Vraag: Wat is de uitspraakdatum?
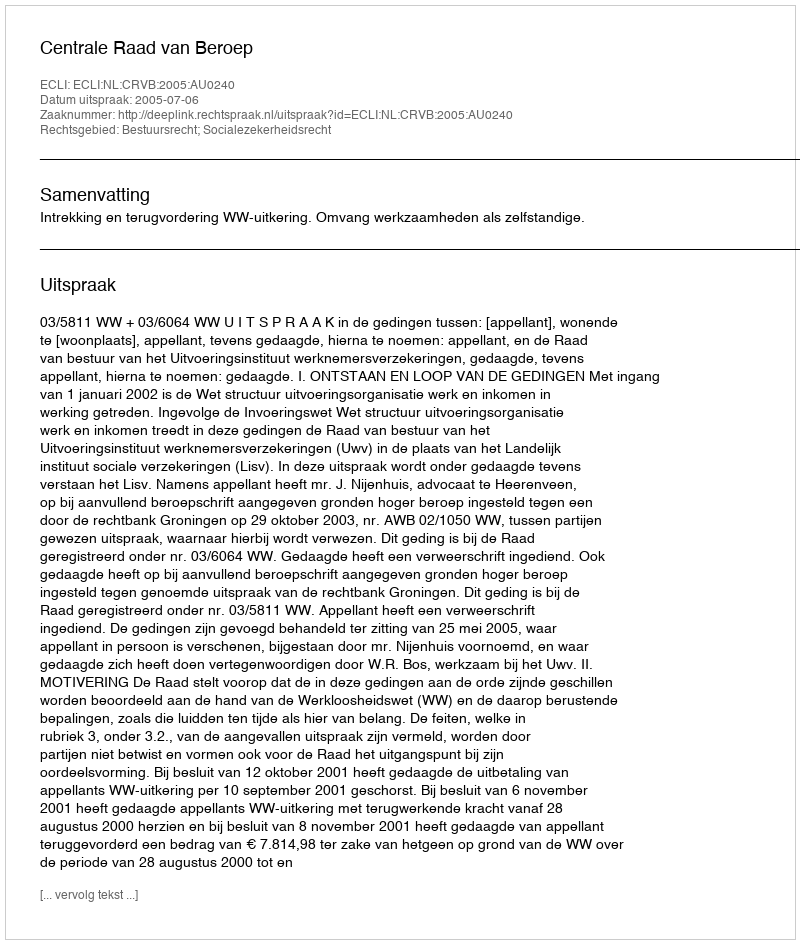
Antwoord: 2005-07-06